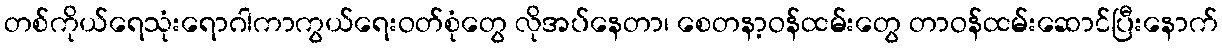
တစ်ကိုယ်ရေသုံးရောဂါကာကွယ်ရေးဝတ်စုံတွေ လိုအပ်နေတာ၊ စေတနာ့ဝန်ထမ်းတွေ တာဝန်ထမ်းဆောင်ပြီးနောက်